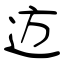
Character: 䢍